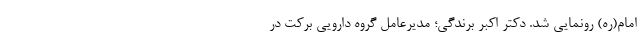
امام(ره) رونمایی شد. دکتر اکبر برندگی؛ مدیرعامل گروه دارویی برکت در